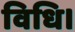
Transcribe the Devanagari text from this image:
विधि।